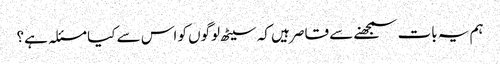
ہم یہ بات سمجھنے سے قاصر ہیں کہ سیٹھ لوگوں کو اس سے کیا مسئلہ ہے؟